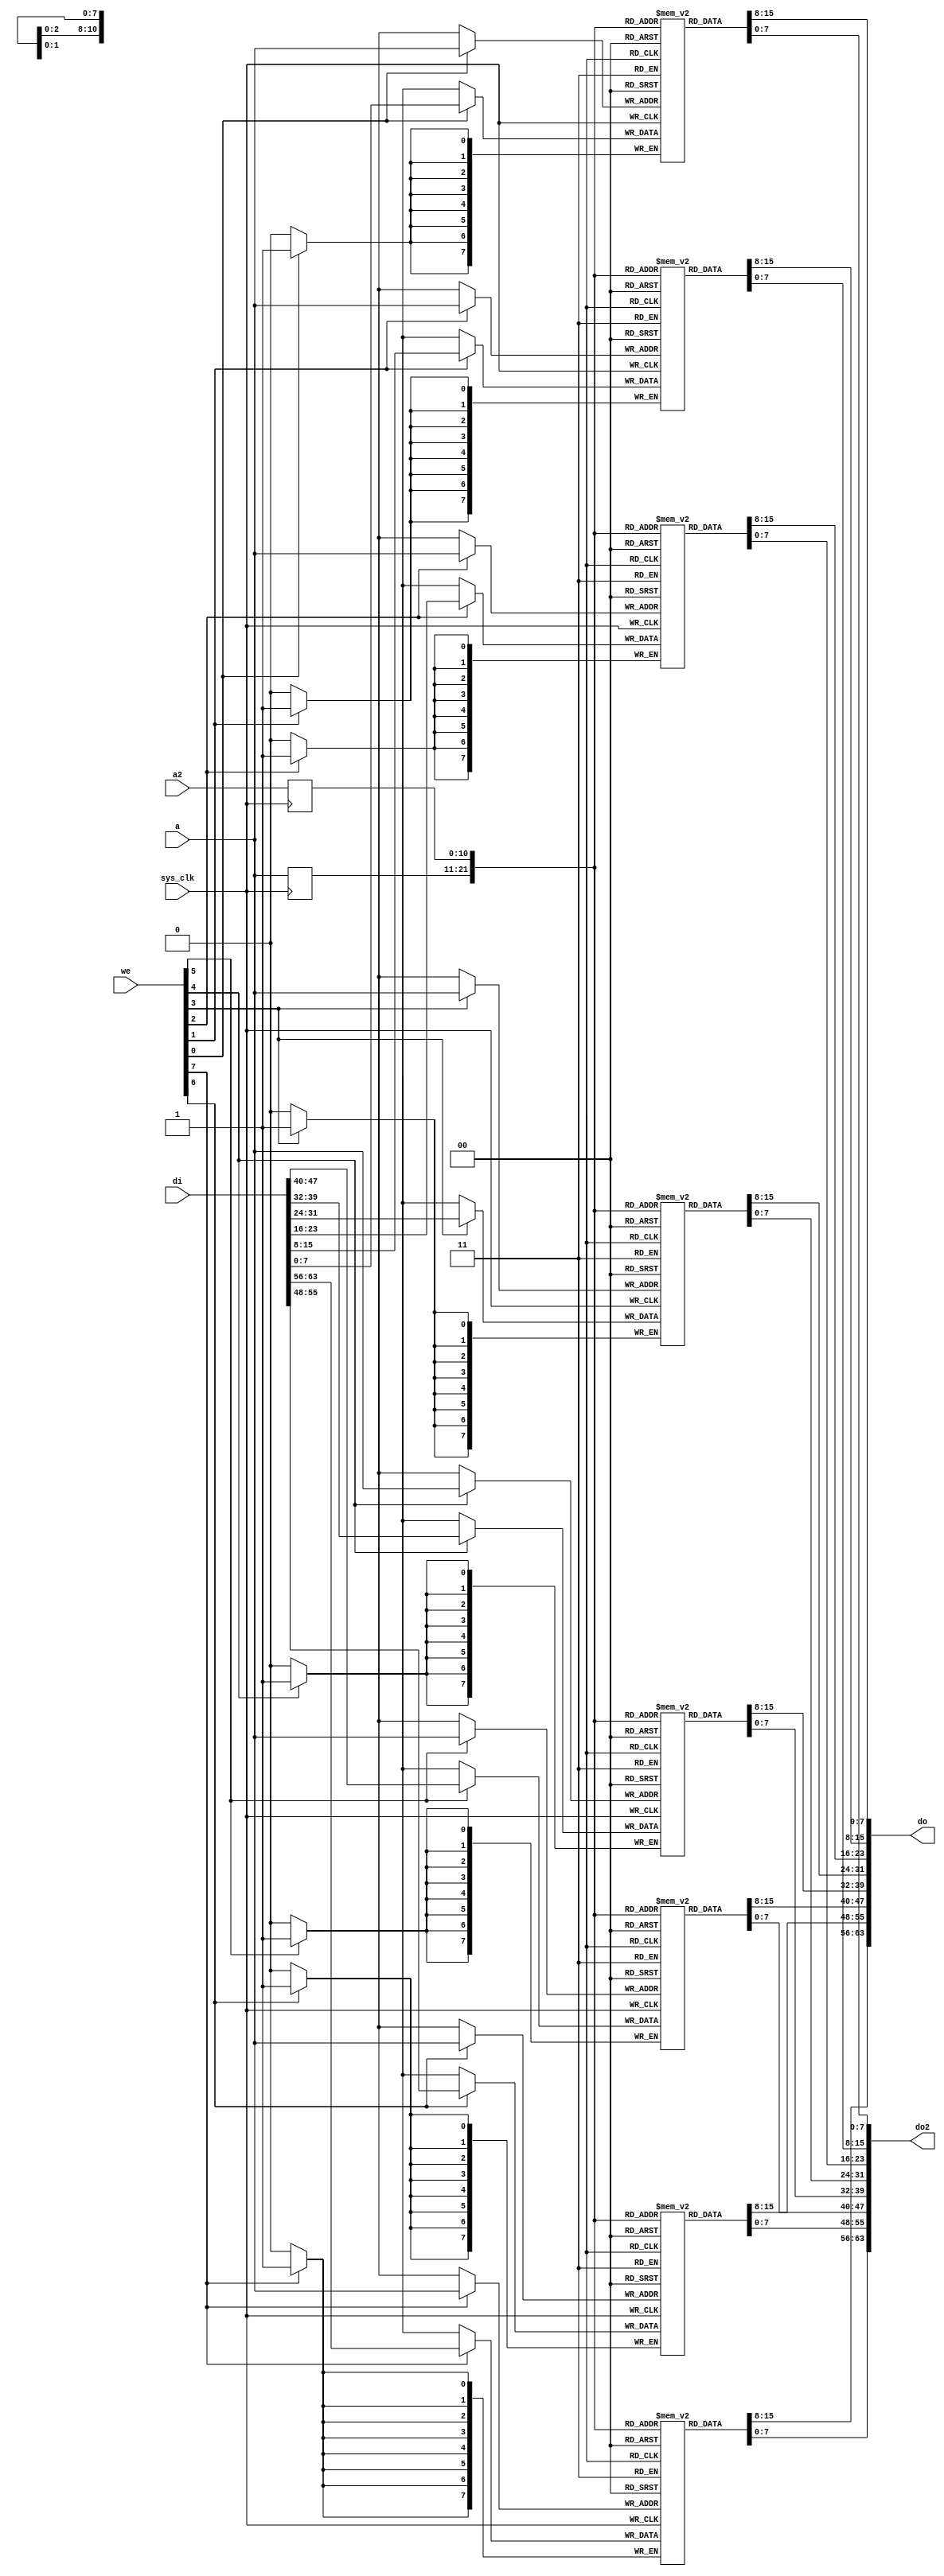
/*
 * Milkymist SoC
 * Copyright (C) 2007, 2008, 2009, 2010 Sebastien Bourdeauducq
 *
 * This program is free software: you can redistribute it and/or modify
 * it under the terms of the GNU General Public License as published by
 * the Free Software Foundation, version 3 of the License.
 *
 * This program is distributed in the hope that it will be useful,
 * but WITHOUT ANY WARRANTY; without even the implied warranty of
 * MERCHANTABILITY or FITNESS FOR A PARTICULAR PURPOSE.  See the
 * GNU General Public License for more details.
 *
 * You should have received a copy of the GNU General Public License
 * along with this program.  If not, see <http://www.gnu.org/licenses/>.
 */

module fmlbrg_datamem #(
	parameter depth = 11
) (
	input sys_clk,

	/* Primary port (read-write) */
	input [depth-1:0] a,
	input [7:0] we,
	input [63:0] di,
	output [63:0] do,

	/* Secondary port (read-only) */
	input [depth-1:0] a2,
	output [63:0] do2
);

reg [7:0] ram0[0:(1 << depth)-1];
reg [7:0] ram1[0:(1 << depth)-1];
reg [7:0] ram2[0:(1 << depth)-1];
reg [7:0] ram3[0:(1 << depth)-1];
reg [7:0] ram4[0:(1 << depth)-1];
reg [7:0] ram5[0:(1 << depth)-1];
reg [7:0] ram6[0:(1 << depth)-1];
reg [7:0] ram7[0:(1 << depth)-1];

wire [7:0] ram0di;
wire [7:0] ram1di;
wire [7:0] ram2di;
wire [7:0] ram3di;
wire [7:0] ram4di;
wire [7:0] ram5di;
wire [7:0] ram6di;
wire [7:0] ram7di;

wire [7:0] ram0do;
wire [7:0] ram1do;
wire [7:0] ram2do;
wire [7:0] ram3do;
wire [7:0] ram4do;
wire [7:0] ram5do;
wire [7:0] ram6do;
wire [7:0] ram7do;

wire [7:0] ram0do2;
wire [7:0] ram1do2;
wire [7:0] ram2do2;
wire [7:0] ram3do2;
wire [7:0] ram4do2;
wire [7:0] ram5do2;
wire [7:0] ram6do2;
wire [7:0] ram7do2;

reg [depth-1:0] a_r;
reg [depth-1:0] a2_r;

always @(posedge sys_clk) begin
	a_r <= a;
	a2_r <= a2;
end

always @(posedge sys_clk) begin
	if(we[0])
		ram0[a] <= ram0di;
end
assign ram0do = ram0[a_r];
assign ram0do2 = ram0[a2_r];

always @(posedge sys_clk) begin
	if(we[1])
		ram1[a] <= ram1di;
end
assign ram1do = ram1[a_r];
assign ram1do2 = ram1[a2_r];

always @(posedge sys_clk) begin
	if(we[2])
		ram2[a] <= ram2di;
end
assign ram2do = ram2[a_r];
assign ram2do2 = ram2[a2_r];

always @(posedge sys_clk) begin
	if(we[3])
		ram3[a] <= ram3di;
end
assign ram3do = ram3[a_r];
assign ram3do2 = ram3[a2_r];

always @(posedge sys_clk) begin
	if(we[4])
		ram4[a] <= ram4di;
end
assign ram4do = ram4[a_r];
assign ram4do2 = ram4[a2_r];

always @(posedge sys_clk) begin
	if(we[5])
		ram5[a] <= ram5di;
end
assign ram5do = ram5[a_r];
assign ram5do2 = ram5[a2_r];

always @(posedge sys_clk) begin
	if(we[6])
		ram6[a] <= ram6di;
end
assign ram6do = ram6[a_r];
assign ram6do2 = ram6[a2_r];

always @(posedge sys_clk) begin
	if(we[7])
		ram7[a] <= ram7di;
end
assign ram7do = ram7[a_r];
assign ram7do2 = ram7[a2_r];

assign ram0di = di[7:0];
assign ram1di = di[15:8];
assign ram2di = di[23:16];
assign ram3di = di[31:24];
assign ram4di = di[39:32];
assign ram5di = di[47:40];
assign ram6di = di[55:48];
assign ram7di = di[63:56];

assign do = {ram7do, ram6do, ram5do, ram4do, ram3do, ram2do, ram1do, ram0do};
assign do2 = {ram7do2, ram6do2, ram5do2, ram4do2, ram3do2, ram2do2, ram1do2, ram0do2};

endmodule